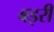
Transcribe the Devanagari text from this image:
बइरी